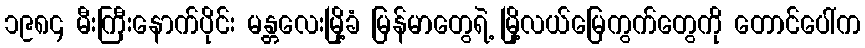
၁၉၈၄ မီးကြီးနောက်ပိုင်း မန္တလေးမြို့ခံ မြန်မာတွေရဲ့ မြို့လယ်မြေကွက်တွေကို တောင်ပေါ်က